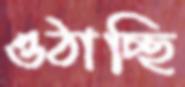
ওঠাচ্ছি